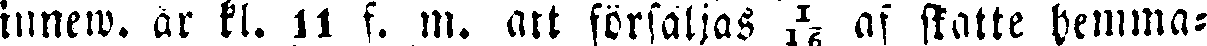
innew. år kl. 11 f. m. att försäljas ¹/16 af skatte hemma-